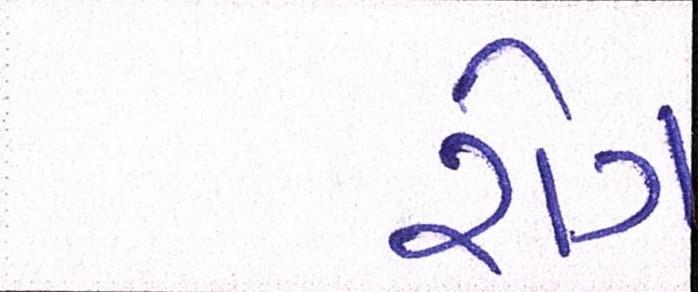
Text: રોગ